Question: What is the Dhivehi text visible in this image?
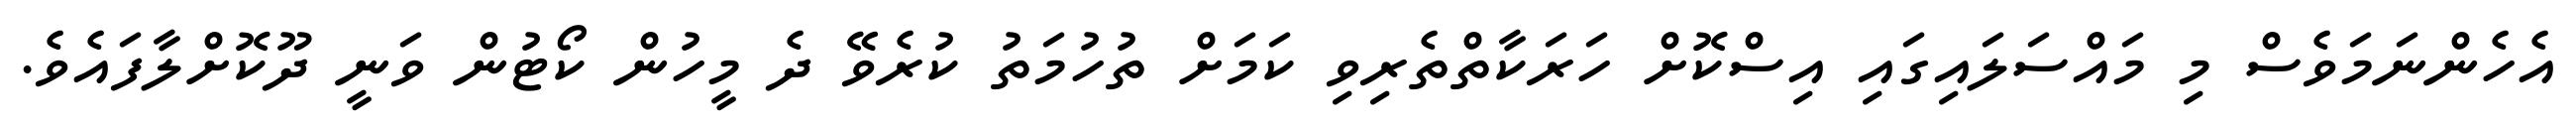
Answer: އެހެންނަމަވެސް މި މައްސަލައިގައި އިސްކޮށް ހަރަކާތްތެރިވި ކަމަށް ތުހުމަތު ކުރެވޭ ދެ މީހުން ކޯޓުން ވަނީ ދޫކޮށްލާފައެވެ.